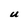
Character: U